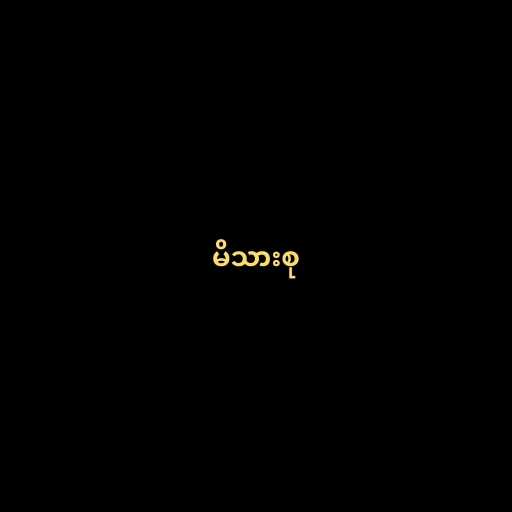
မိသားစု